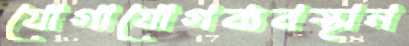
যোগাযোগব্যবস্থান